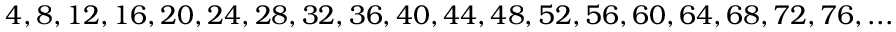
4 , 8 , 1 2 , 1 6 , 2 0 , 2 4 , 2 8 , 3 2 , 3 6 , 4 0 , 4 4 , 4 8 , 5 2 , 5 6 , 6 0 , 6 4 , 6 8 , 7 2 , 7 6 , . . .